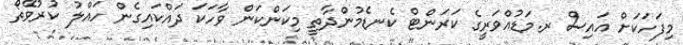
މިފަހަކަށް އައިސް ރ.މަޑުއްވަރީގެ ކަރަންޓް ކެނޑެމުންދާތީ މިކަންކަން ވާހަކަ ދައްކައިގެން ހައްލު ކުރުވޭތޯ